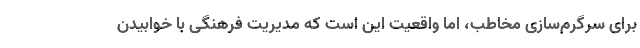
برای سرگرم‌سازی مخاطب، اما واقعیت این است که مدیریت فرهنگی با خوابیدن